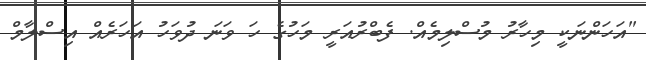
"އަހަންނަކީ މިހާރު މުސްލިމެއް. ފެބްރުއަރީ މަހުގެ ހަ ވަނަ ދުވަހު އަހަރެއް އިސްލާމް